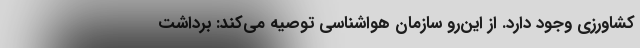
کشاورزی وجود دارد. از این‌رو سازمان هواشناسی توصیه می‌کند: برداشت